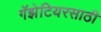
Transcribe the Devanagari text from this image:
गॅझेटियरसाठी